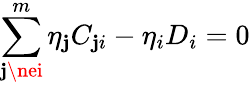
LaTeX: \sum_{\mathbf{j}\nei}^{m}\eta_{\mathbf{j}}C_{\mathbf{j}i}-\eta_{i}D_{i}=0